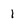
Character: 1